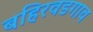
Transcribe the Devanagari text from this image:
बहिरवडगाव